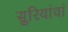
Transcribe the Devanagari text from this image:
सुरियांवां